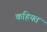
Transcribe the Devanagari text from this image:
कहियत